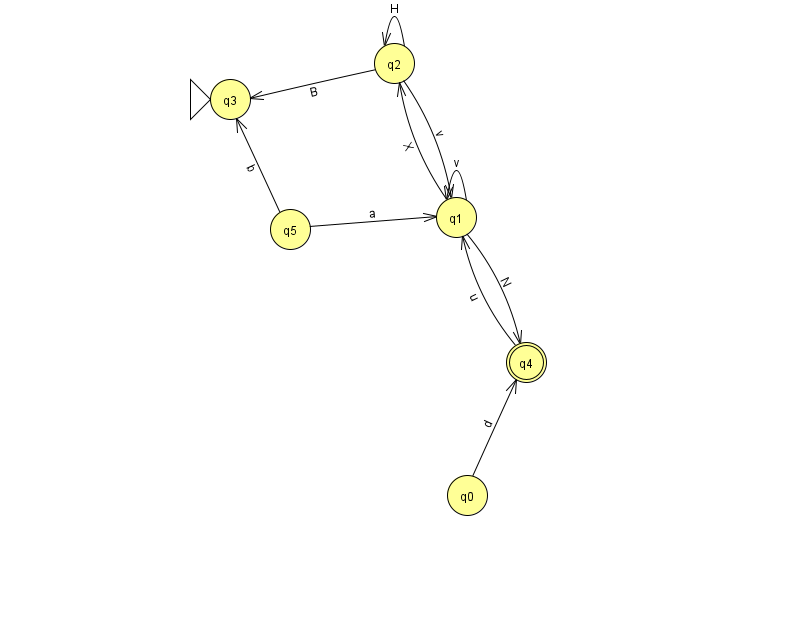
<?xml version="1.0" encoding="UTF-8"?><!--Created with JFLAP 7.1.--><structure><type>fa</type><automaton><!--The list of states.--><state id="0" name="q0"><x>467.0</x><y>482.0</y></state><state id="1" name="q1"><x>456.0</x><y>204.0</y></state><state id="2" name="q2"><x>394.0</x><y>50.0</y></state><state id="3" name="q3"><x>230.0</x><y>86.0</y><initial/></state><state id="4" name="q4"><x>526.0</x><y>349.0</y><final/></state><state id="5" name="q5"><x>290.0</x><y>216.0</y></state><!--The list of transitions.--><transition><from>0</from><to>4</to><read>d</read></transition><transition><from>1</from><to>2</to><read>X</read></transition><transition><from>4</from><to>1</to><read>u</read></transition><transition><from>1</from><to>1</to><read>v</read></transition><transition><from>5</from><to>1</to><read>a</read></transition><transition><from>5</from><to>3</to><read>b</read></transition><transition><from>2</from><to>2</to><read>H</read></transition><transition><from>2</from><to>1</to><read>v</read></transition><transition><from>2</from><to>3</to><read>B</read></transition><transition><from>1</from><to>4</to><read>N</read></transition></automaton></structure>